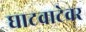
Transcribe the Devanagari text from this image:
घाटवाटेवर